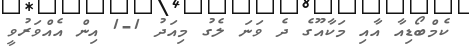
ކެމްބޯޑިއާ އާއި މަކާއޫގެ ދެ ވަނަ ލެގު މިއަދު 1-1 އިން އެއްވަރުވީ